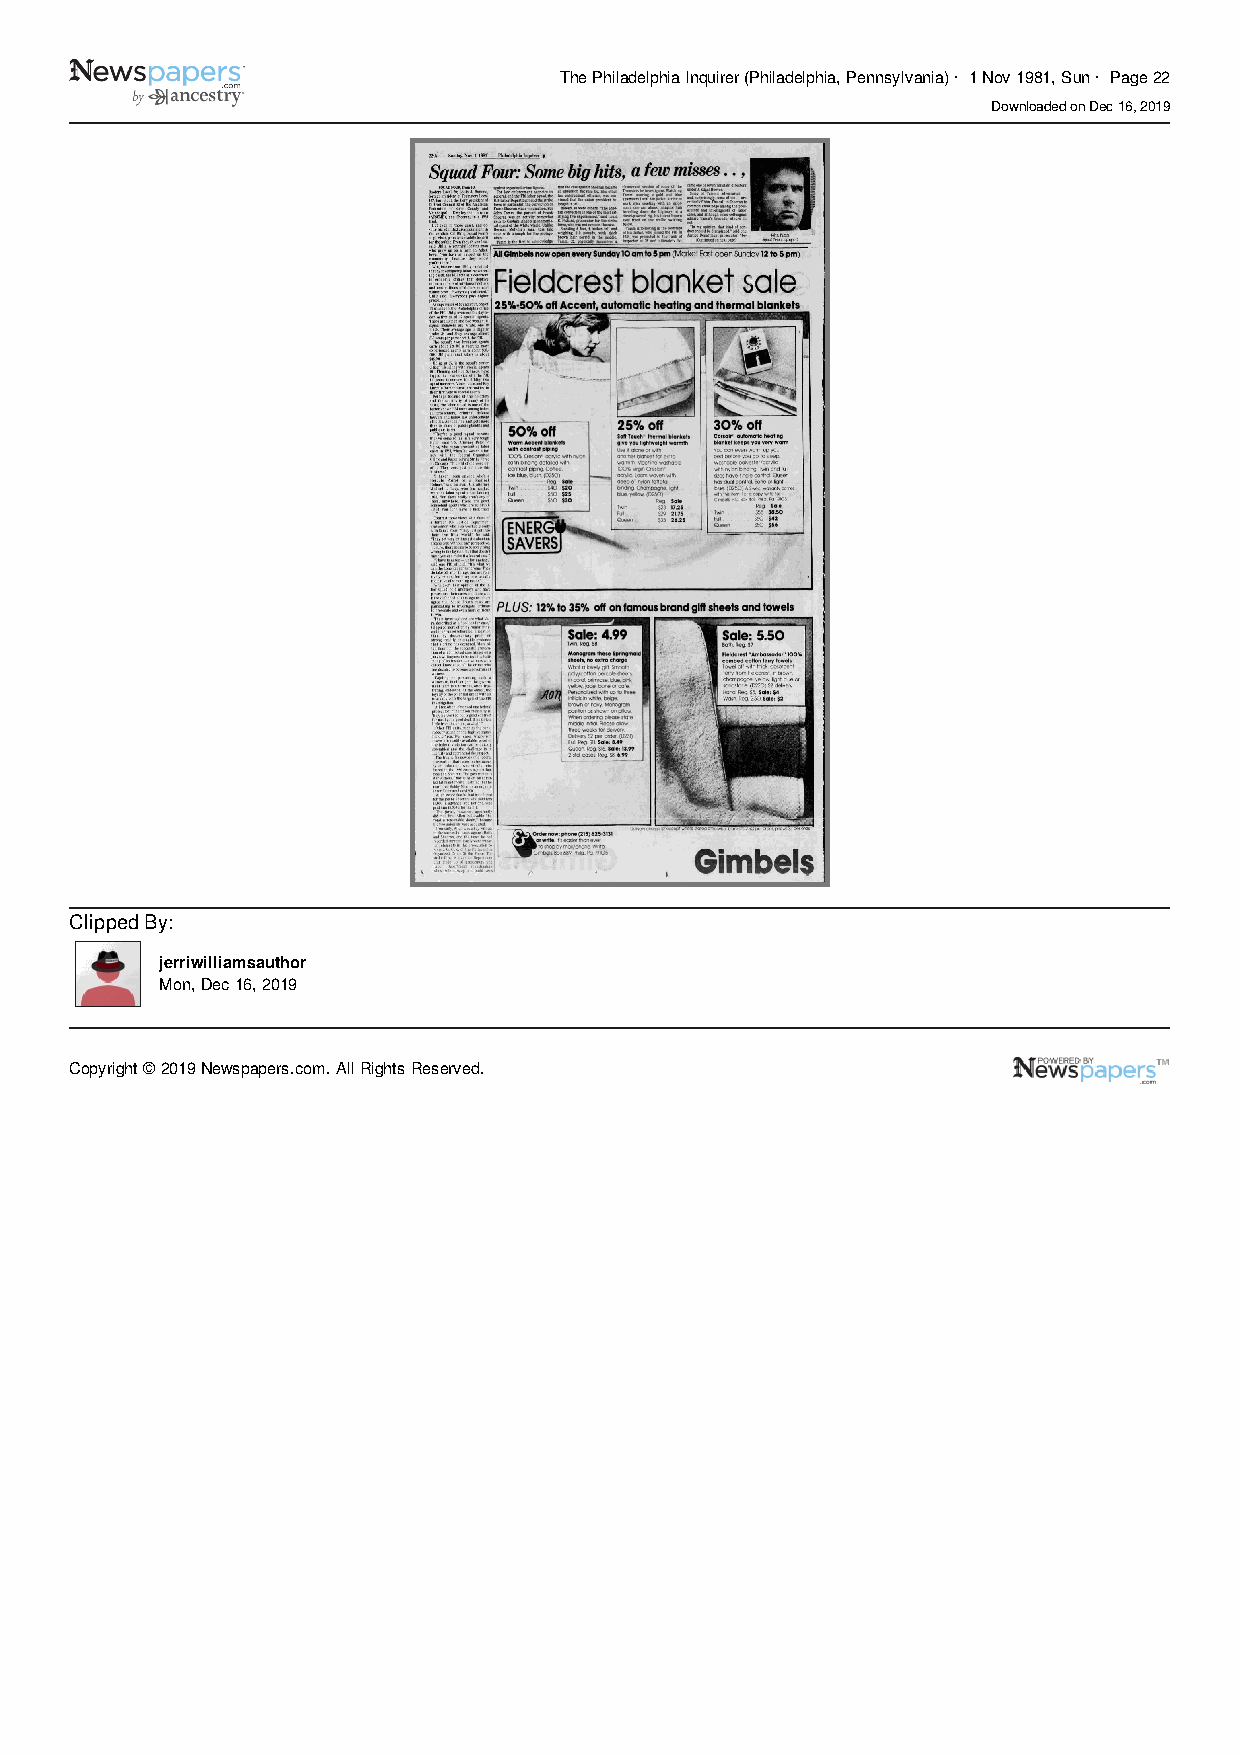
The Philadelphia Inquirer (Philadelphia, Pennsylvania) · 1 Nov 1981, Sun · Page 22
 Downloaded on Dec 16, 2019
 Clipped By:
 jerriwilliamsauthor
 Mon, Dec 16, 2019
 Copyright © 2019 Newspapers.com. All Rights Reserved.